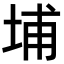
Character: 埔